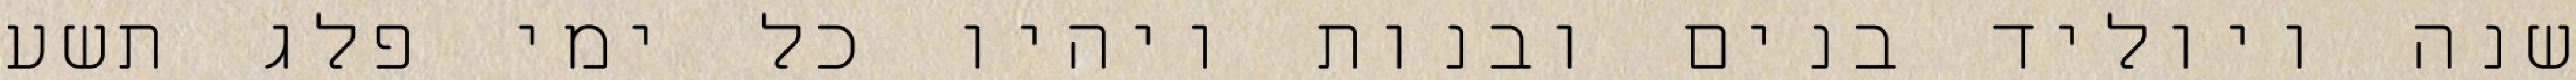
שנה ויוליד בנים ובנות ויהיו כל ימי פלג תשע